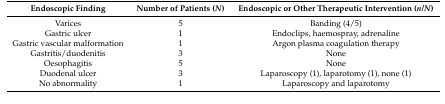
| Endoscopic Finding | Number of Patients (N) | Endoscopic or Other Therapeutic Intervention (n/N) |
 | --- | --- | --- |
 | Varices | 5 | Banding (4/5) |
 | Gastric ulcer | 1 | Endoclips, haemospray, adrenaline |
 | Gastric vascular malformation | 1 | Argon plasma coagulation therapy |
 | Gastritis/duodenitis | 3 | None |
 | Oesophagitis | 5 | None |
 | Duodenal ulcer | 3 | Laparoscopy (1), laparotomy (1), none (1) |
 | No abnormality | 1 | Laparoscopy and laparotomy |